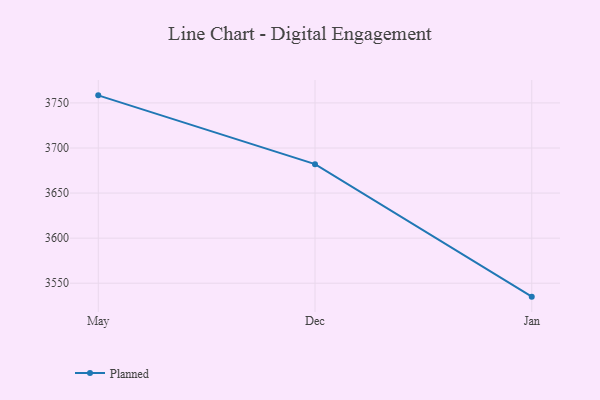
{"axis": {"x": "Month", "y": "Net Income (USD K)"}, "legend": ["Planned"], "data": [{"x": "May", "y": 3758.4, "type": "Planned"}, {"x": "Dec", "y": 3682.1, "type": "Planned"}, {"x": "Jan", "y": 3535.1, "type": "Planned"}]}